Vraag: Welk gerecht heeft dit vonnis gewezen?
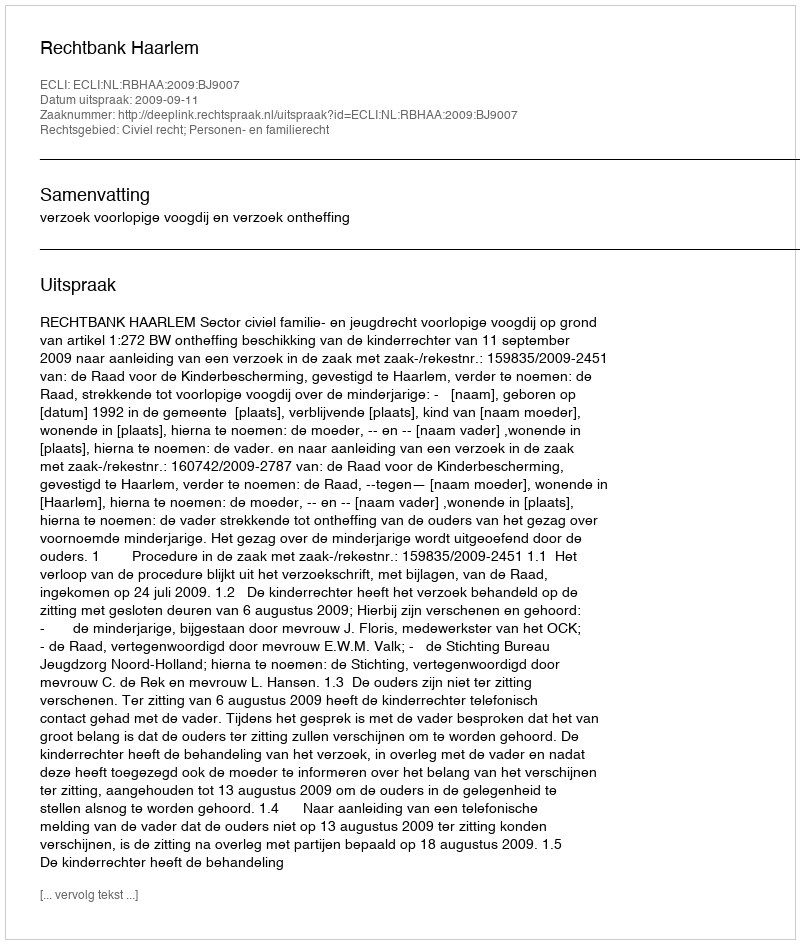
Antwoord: Rechtbank Haarlem